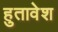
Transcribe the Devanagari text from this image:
हुतावेश